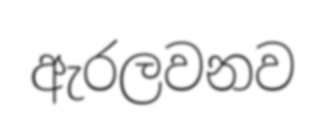
ඇරලවනව